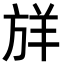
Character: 𪯷